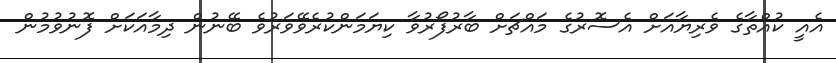
އެއީ ކުއްތާގެ ވެރިޔާއަށް އެސޮރުގެ މައްޗަށް ބާރުފޯރުވާ ކިޔަމަންކުރެވޭވަރުވެ ބޭނުން ދިމާއަކަށް ފޮނުވުމުން